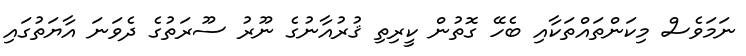
ނަމަވެސް މިކަންތައްތަކާއި ބެހޭ ގޮތުން ކީރިތި ޤުރުއާނުގެ ނޫރު ސޫރަތުގެ ދެވަނަ އާޔަތުގައި